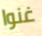
غنوا